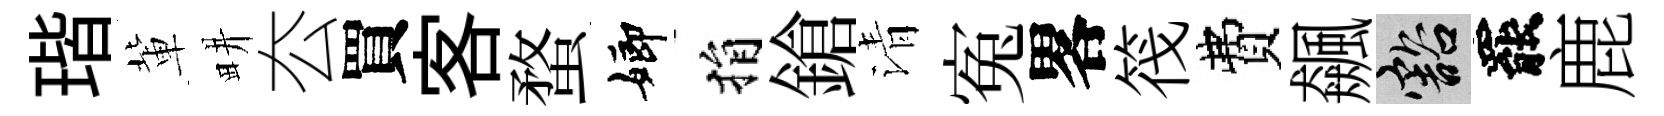
瑎軰畊厺買客蝥嫏捐鎗清寃畧筏費飆豁罷鹿